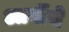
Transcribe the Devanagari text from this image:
आर्वीचे